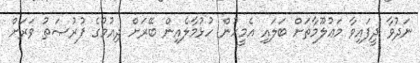
ނަދުވާ ދީފައިވާ މަޢުލޫމާތަށް ބަލައި އެމީހުން ހުޅުމާލެއިން ބޭރަށް ދިއުމުގެ ފުރުޞަތު ވަރަށް